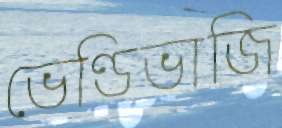
ভেণ্ডিভাজি